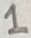
Text: 1